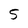
Character: 5